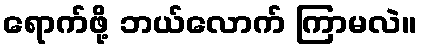
ရောက်ဖို့ ဘယ်လောက် ကြာမလဲ။